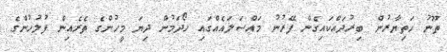
ތޫނު ހަތިޔާރުން ބިރުދައްކައިގެން ފޭރުނު މައްސަލައެއްގައި ހޯދަމުން ދިޔަ މީހުންގެ ތެރެއިން ފުލުހުންގެ